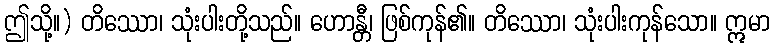
ဤသို့။) တိဿော၊ သုံးပါးတို့သည်။ ဟောန္တီ၊ ဖြစ်ကုန်၏။ တိဿော၊ သုံးပါးကုန်သော။ ဣမာ